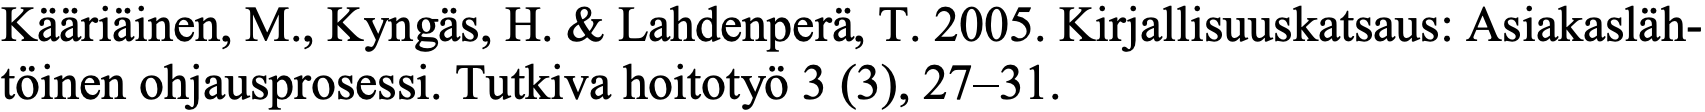
Kääriäinen, M., Kyngäs, H. & Lahdenperä, T. 2005. Kirjallisuuskatsaus: Asiakasläh- töinen ohjausprosessi. Tutkiva hoitotyö 3 (3), 27–31.